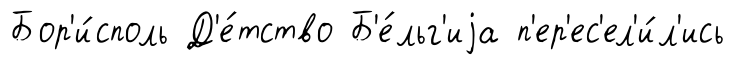
Бор'и́споль Д'е́тство Б'е́льг'иjа п'ер'ес'ел'и́л'ись